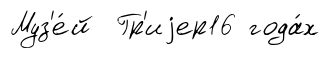
Муз'е́й Гр'иjер16 года́х